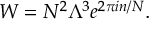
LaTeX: W = N ^ { 2 } \Lambda ^ { 3 } e ^ { 2 \pi i n / N } .